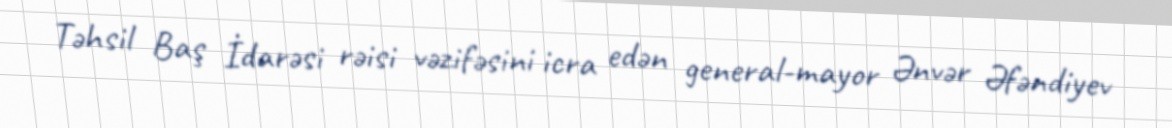
Təhsil Baş İdarəsi rəisi vəzifəsini icra edən general-mayor Ənvər Əfəndiyev